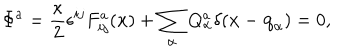
LaTeX: \Phi ^ { a } = { \frac { \kappa } { 2 } } \epsilon ^ { i j } F _ { i j } ^ { a } ( { \bf x } ) + \sum _ { \alpha } Q _ { \alpha } ^ { a } \delta ( { \bf x } - { \bf q } _ { \alpha } ) = 0 ,